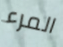
المرء